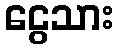
ငွေသား